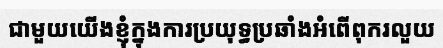
ជាមួយយើងខ្ញុំក្នុងការប្រយុទ្ធប្រឆាំងអំពើពុករលួយ